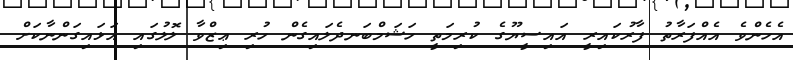
އެހެންވެ އެއްފަރާތު ފާރުކައިރީ އައިސީޔޫގެ ކުރިމަތީ ހަޝަމްބަނދެލައިގެން ހުރި ޢިޒްވާ ލޮލުގައި އަޅައިގަންނާކަށް